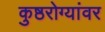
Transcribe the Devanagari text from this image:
कुष्ठरोग्यांवर